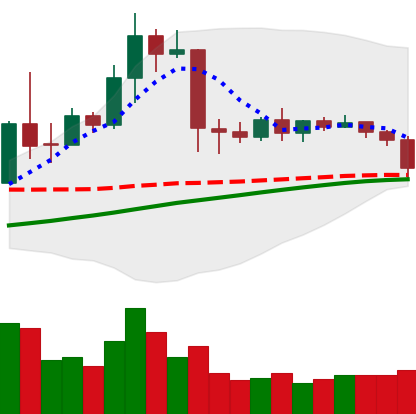
Ticker: TRX-USD
Chart end date: 2019-04-21
Forward return: -4.375%
Label: down_3_5